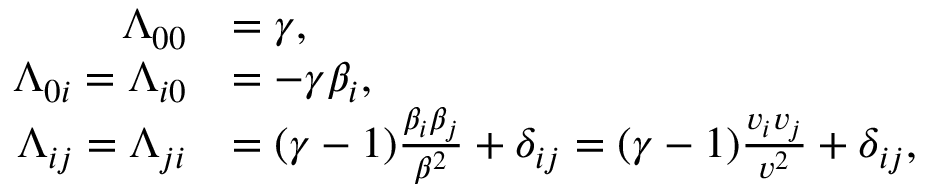
{ \begin{array} { r l } { \Lambda _ { 0 0 } } & { = \gamma , } \\ { \Lambda _ { 0 i } = \Lambda _ { i 0 } } & { = - \gamma \beta _ { i } , } \\ { \Lambda _ { i j } = \Lambda _ { j i } } & { = ( \gamma - 1 ) { \frac { \beta _ { i } \beta _ { j } } { \beta ^ { 2 } } } + \delta _ { i j } = ( \gamma - 1 ) { \frac { v _ { i } v _ { j } } { v ^ { 2 } } } + \delta _ { i j } , } \end{array} }